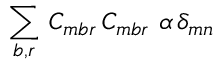
\sum _ { b , r } \, C _ { m b r } \, C _ { m b r } \, \, \alpha \, \delta _ { m n }